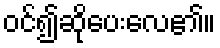
ဝင်၍ဆိုပေးလေ၏။